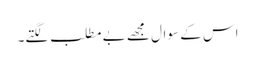
اس کے سوال مجھے بے مطلب لگتے۔